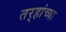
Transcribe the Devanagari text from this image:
तर्‍हांच्या